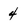
Character: 4